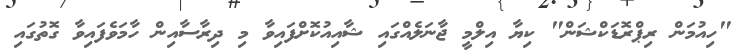
"ހިއުމަން ރިޕްރޮޑަކްޝަން" ކިޔާ އިލްމީ ޖާނަލެއްގައި ޝާއިއުކޮށްފައިވާ މި ދިރާސާއިން ހާމަވެފައިވާ ގޮތުގައި